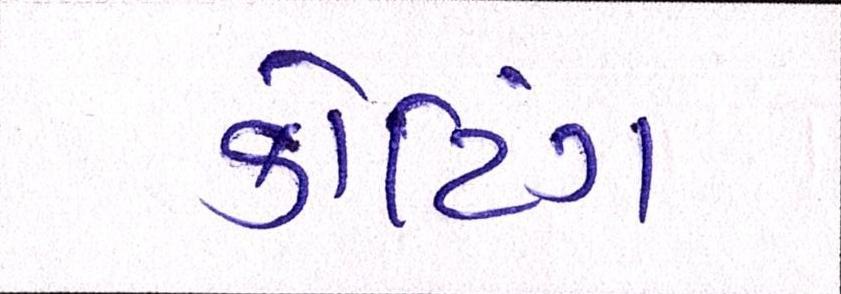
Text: કોટિંગ